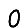
Digit: 0